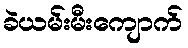
ခဲယမ်းမီးကျောက်